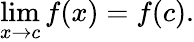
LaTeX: \operatorname*{lim}_{x\to c}{f(x)}=f(c).